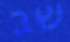
שב